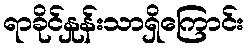
ရာခိုင်နှုန်းသာရှိကြောင်း